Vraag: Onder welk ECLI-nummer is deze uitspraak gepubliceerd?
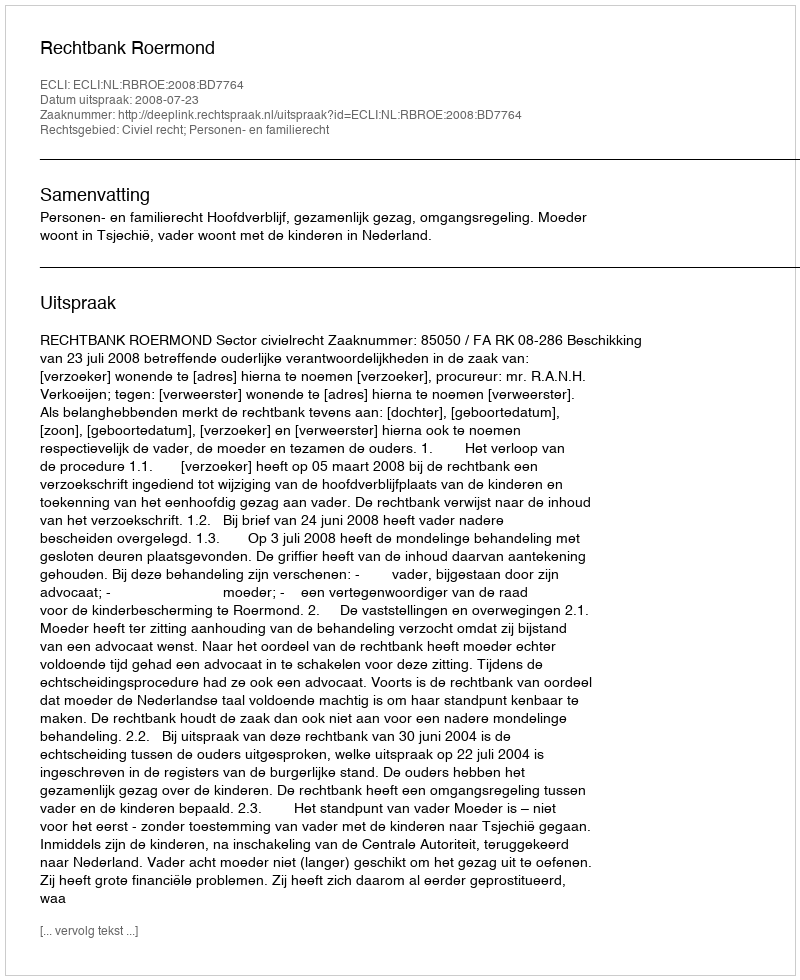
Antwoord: ECLI:NL:RBROE:2008:BD7764